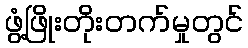
ဖွံ့ဖြိုးတိုးတက်မှုတွင်